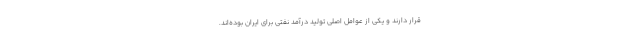
قرار دارند و یکی از عوامل اصلی تولید درآمد نفتی برای ایران بوده‌اند.